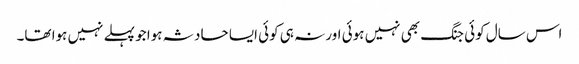
اس سال کوئی جنگ بھی نہیں ہوئی اور نہ ہی کوئی ایسا حادثہ ہوا جو پہلے نہیں ہوا تھا۔